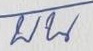
บน